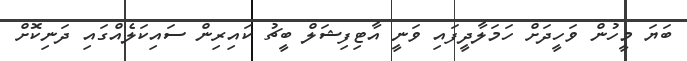
ބަޔަ މީހުން ވަހީދަށް ހަމަލާދީފައި ވަނީ އާޓިފިޝަލް ބީޗު ކައިރިން ސައިކަލެއްގައި ދަނިކޮށް